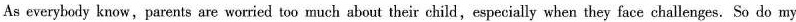
As everybody know,parents are worried too much about their child,especially when they face challenges. So do ny